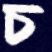
চ